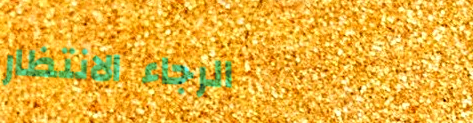
الرجاء الانتظار